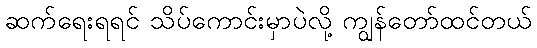
ဆက်ရေးရရင် သိပ်ကောင်းမှာပဲလို့ ကျွန်တော်ထင်တယ်